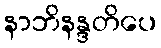
နာဘိနန္ဒတိပေ